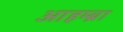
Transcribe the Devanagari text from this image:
आहम्ब्रा